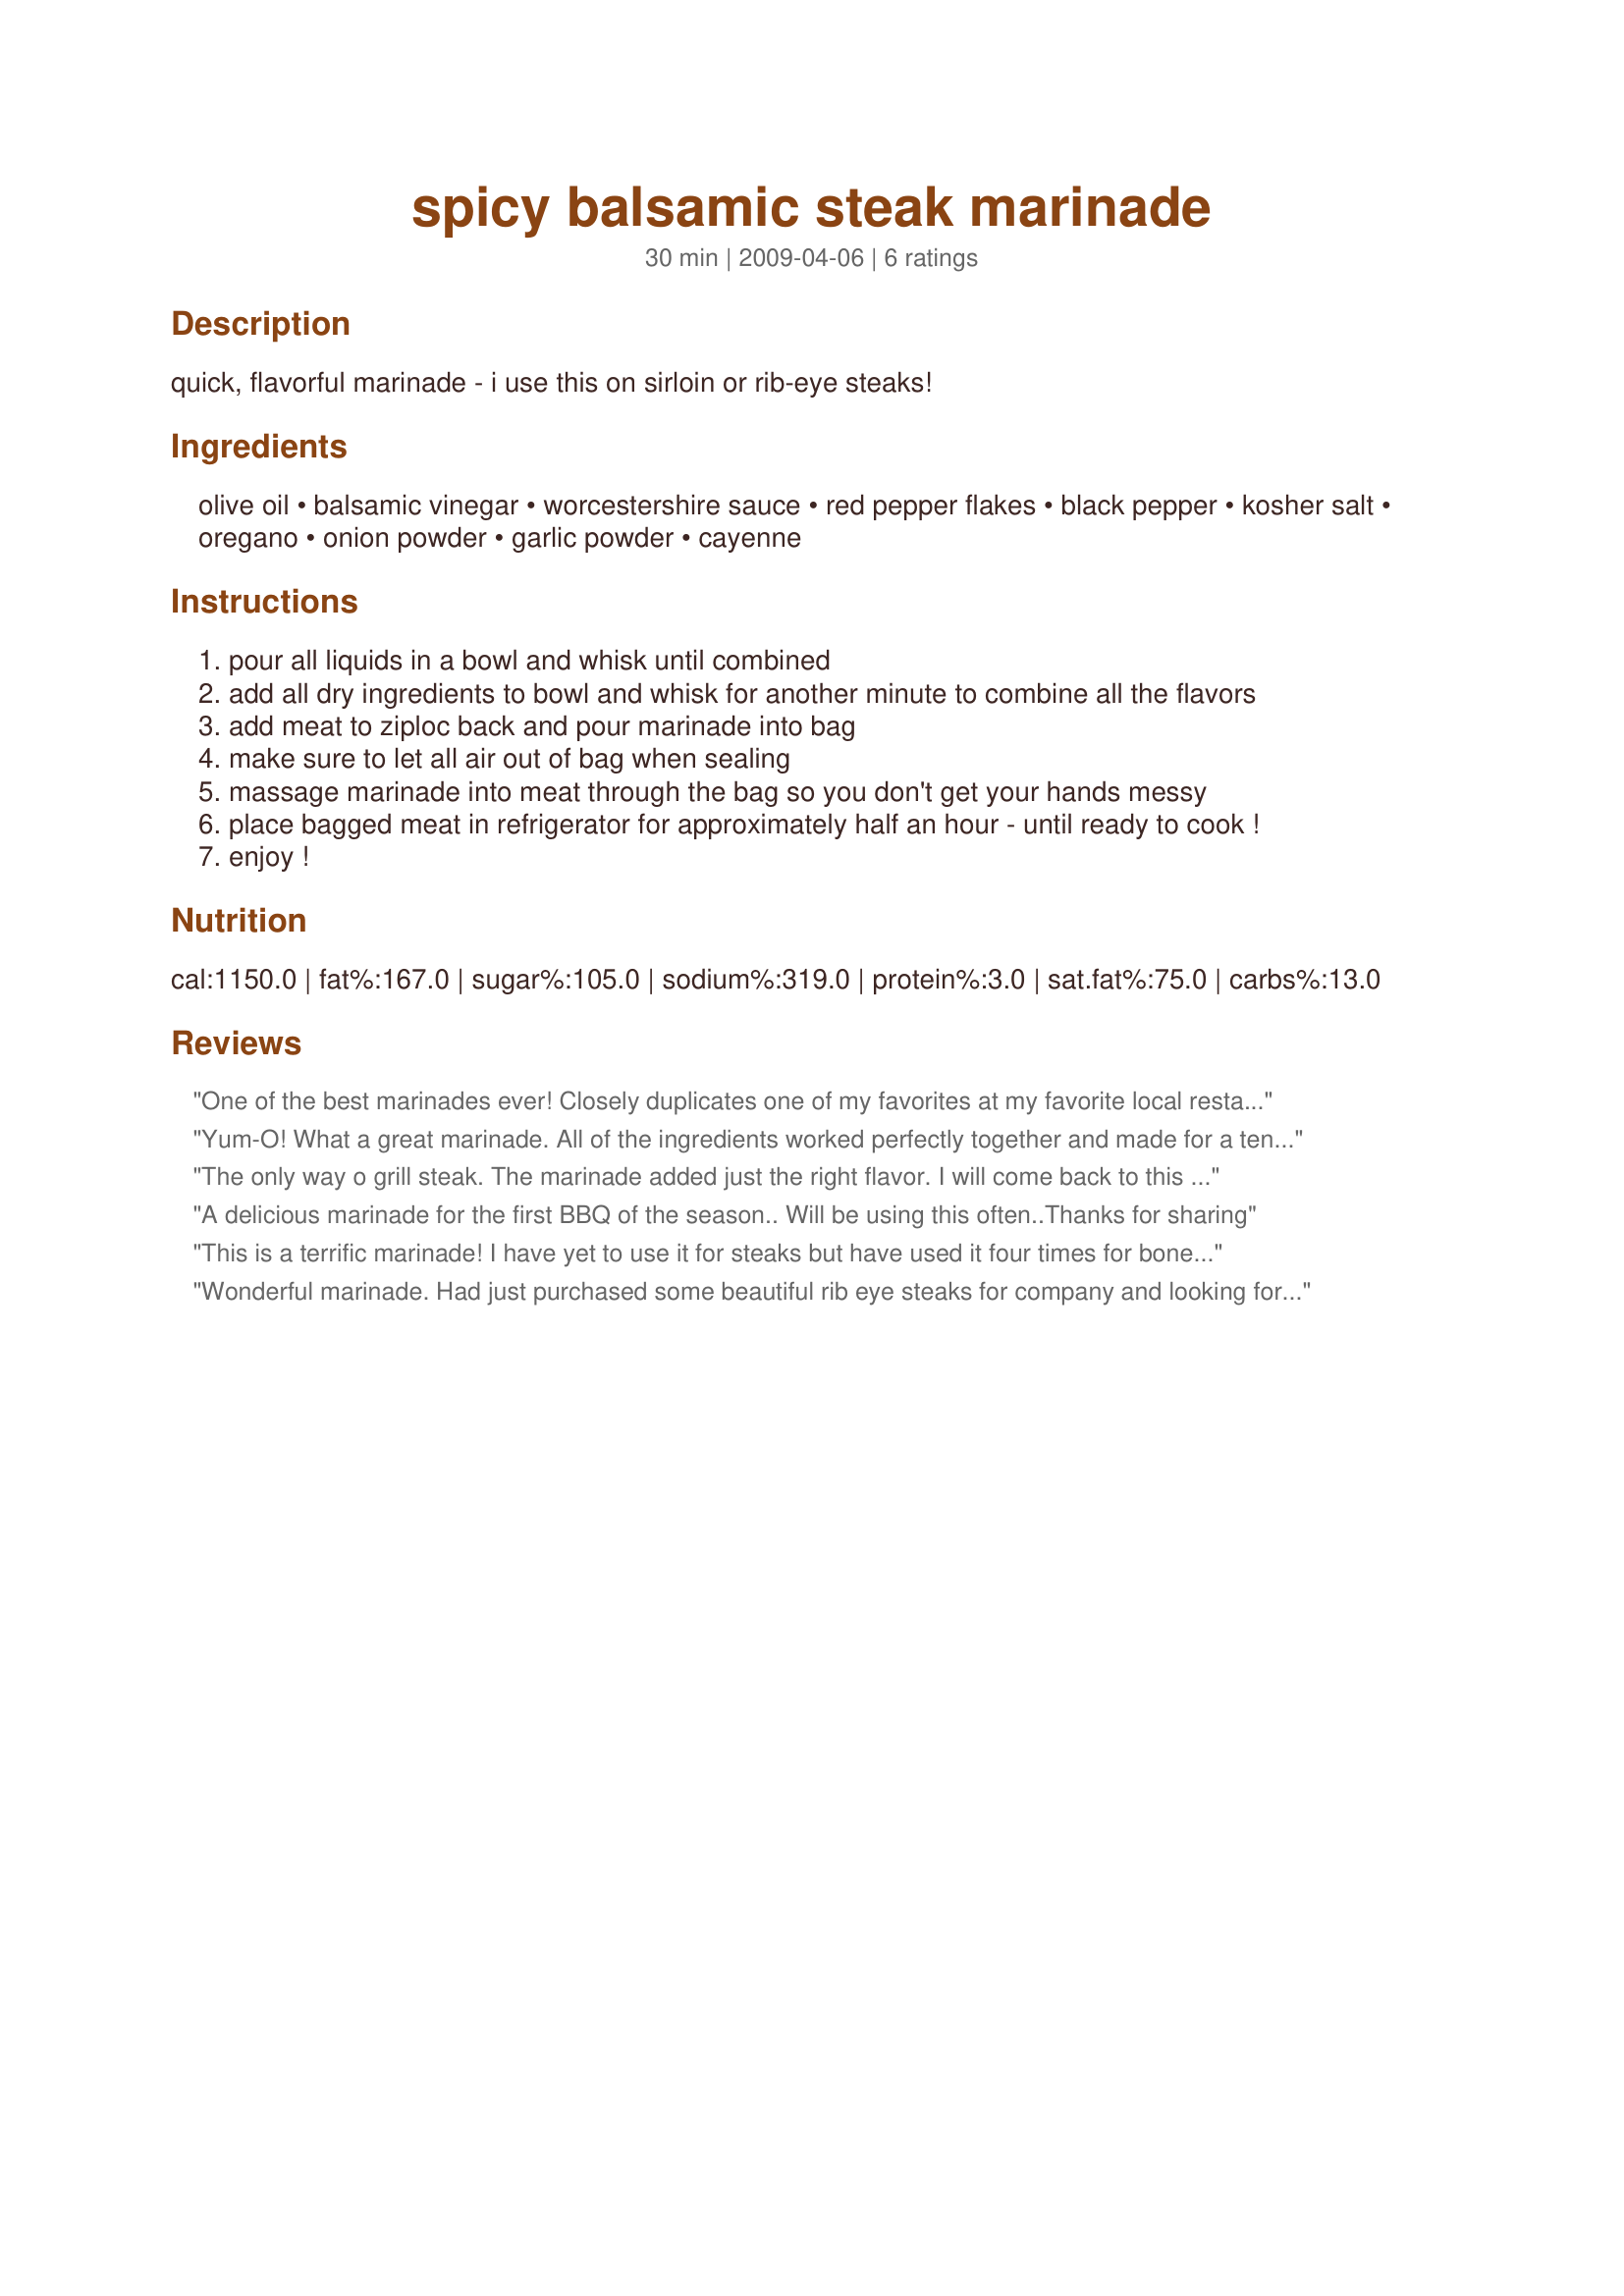
spicy balsamic steak marinade
Preparation time: 30 minutes

quick, flavorful marinade - i use this on sirloin or rib-eye steaks!

Ingredients:
olive oil, balsamic vinegar, worcestershire sauce, red pepper flakes, black pepper, kosher salt, oregano, onion powder, garlic powder, cayenne

Steps:
pour all liquids in a bowl and whisk until combined
add all dry ingredients to bowl and whisk for another minute to combine all the flavors
add meat to ziploc back and pour marinade into bag
make sure to let all air out of bag when sealing
massage marinade into meat through the bag so you don't get your hands messy
place bagged meat in refrigerator for approximately half an hour - until ready to cook !
enjoy !

Reviews:
One of the best marinades ever! Closely duplicates one of my favorites at my favorite local restaurant. Used it on New York steaks sliced over garlic noodles with tomatoes and basil. Delicious. Thanks for the recipe!
Yum-O! What a great marinade. All of the ingredients worked perfectly together and made for a tender and great-flavored steak. I used a boneless NY steak and marinated for about 1 hour (got on the phone, lol). Thanks Le fromage de cusine for yet another great recipe. Made for PAC Spring 2009.
The only way o grill steak. The marinade added just the right flavor. I will come back to this recipe again and again.
A delicious marinade for the first BBQ of the season.. Will be using this often..Thanks for sharing
This is a terrific marinade! I have yet to use it for steaks but have used it four times for boneless skinless chicken breasts. Works very well for some &quot;kickin' chicken&quot;!
Wonderful marinade. Had just purchased some beautiful rib eye steaks for company and looking for a simple marinade without soy sauce. This is the absolute best and our guests loved it. The steaks were absolutely succulent. Thanks for this recipe.........highly recommend. P&gt;S. can adjust the cayenne to suit your tastebuds.
